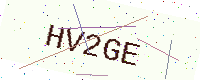
Text: HV2GE